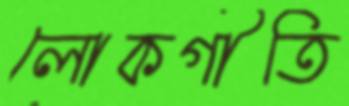
লোকগীতি